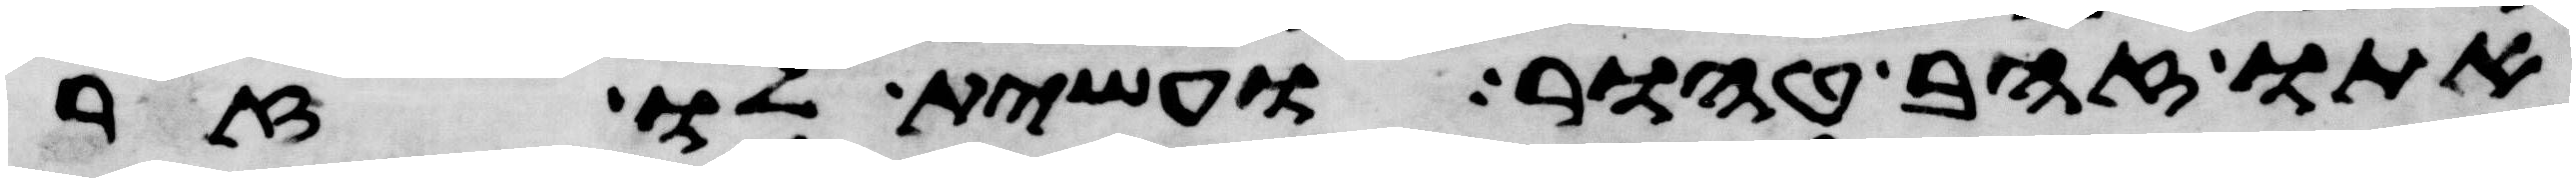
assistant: אתו זהב טהור ועשית לו זר